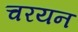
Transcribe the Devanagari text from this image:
चरयन